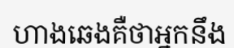
ហាងឆេងគឺថាអ្នកនឹង